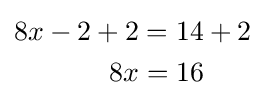
{\begin{aligned}8x-2+2&=14+2\\8x&=16\end{aligned}}